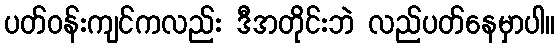
ပတ်ဝန်းကျင်ကလည်း ဒီအတိုင်းဘဲ လည်ပတ်နေမှာပါ။